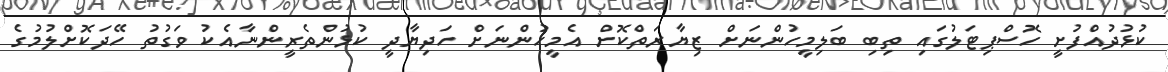
ކުޅުދުއްފުށީ ހޮސްޕިޓަލުގައި ތިބި ބަލިމީހުންނަށް ޒިޔާރަތްކޮށް އެމީހުންނަށް ހަދިޔާދީ ކުޅުންތެރީންނާއެކު ވަގުތު ހޭދަކޮށްލުމުގެ